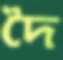
দৈ